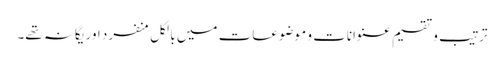
ترتیب و تقسیم عنوانات و موضوعات میں بالکل منفرد اور یگانہ تھے۔